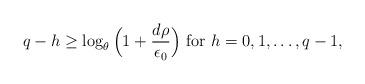
LaTeX: \begin{align*} q-h\ge \log_{\theta}\Big(1+\frac{d \rho}{\epsilon_0}\Big)~{\rm for}~h=0,1,\dots,q-1, \end{align*}